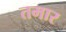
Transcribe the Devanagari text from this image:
तमार